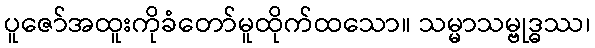
ပူဇော်အထူးကိုခံတော်မူထိုက်ထသော။ သမ္မာသမ္ဗုဒ္ဓဿ၊